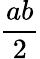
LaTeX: \frac{ab}{2}